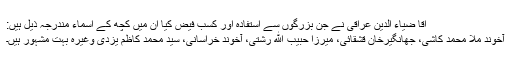
آقا ضیاء الدین عراقی نے جن بزرگوں سے استفادہ اور کسب فیض کیا ان میں کچھ کے اسماء مندرجہ ذیل ہیں:
آخوند ملا محمد کاشی، جهانگیرخان قشقائی، میرزا حبیب اللّه رشتی، آخوند خراسانی، سید محمد کاظم یزدی وغیرہ بہت مشہور ہیں۔